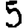
Digit: 5